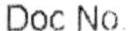
DOC NO.